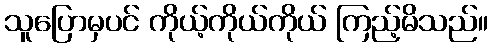
သူပြောမှပင် ကိုယ့်ကိုယ်ကိုယ် ကြည့်မိသည်။